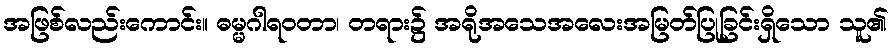
အဖြစ်လည်းကောင်း။ ဓမ္မဂါရဝတာ၊ တရား၌ အရိုအသေအလေးအမြတ်ပြုခြင်းရှိသော သူ၏